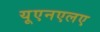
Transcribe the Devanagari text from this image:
यूएनएलए